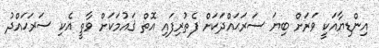
އިންޑިޔާއަކީ ވަރަށް ބިޔަ ސަރަޙައްދަކަށް ފެތުރިފައި އޮތް ޤައުމަކަށް ވާތީ އެކި ސަރަޙައްދު